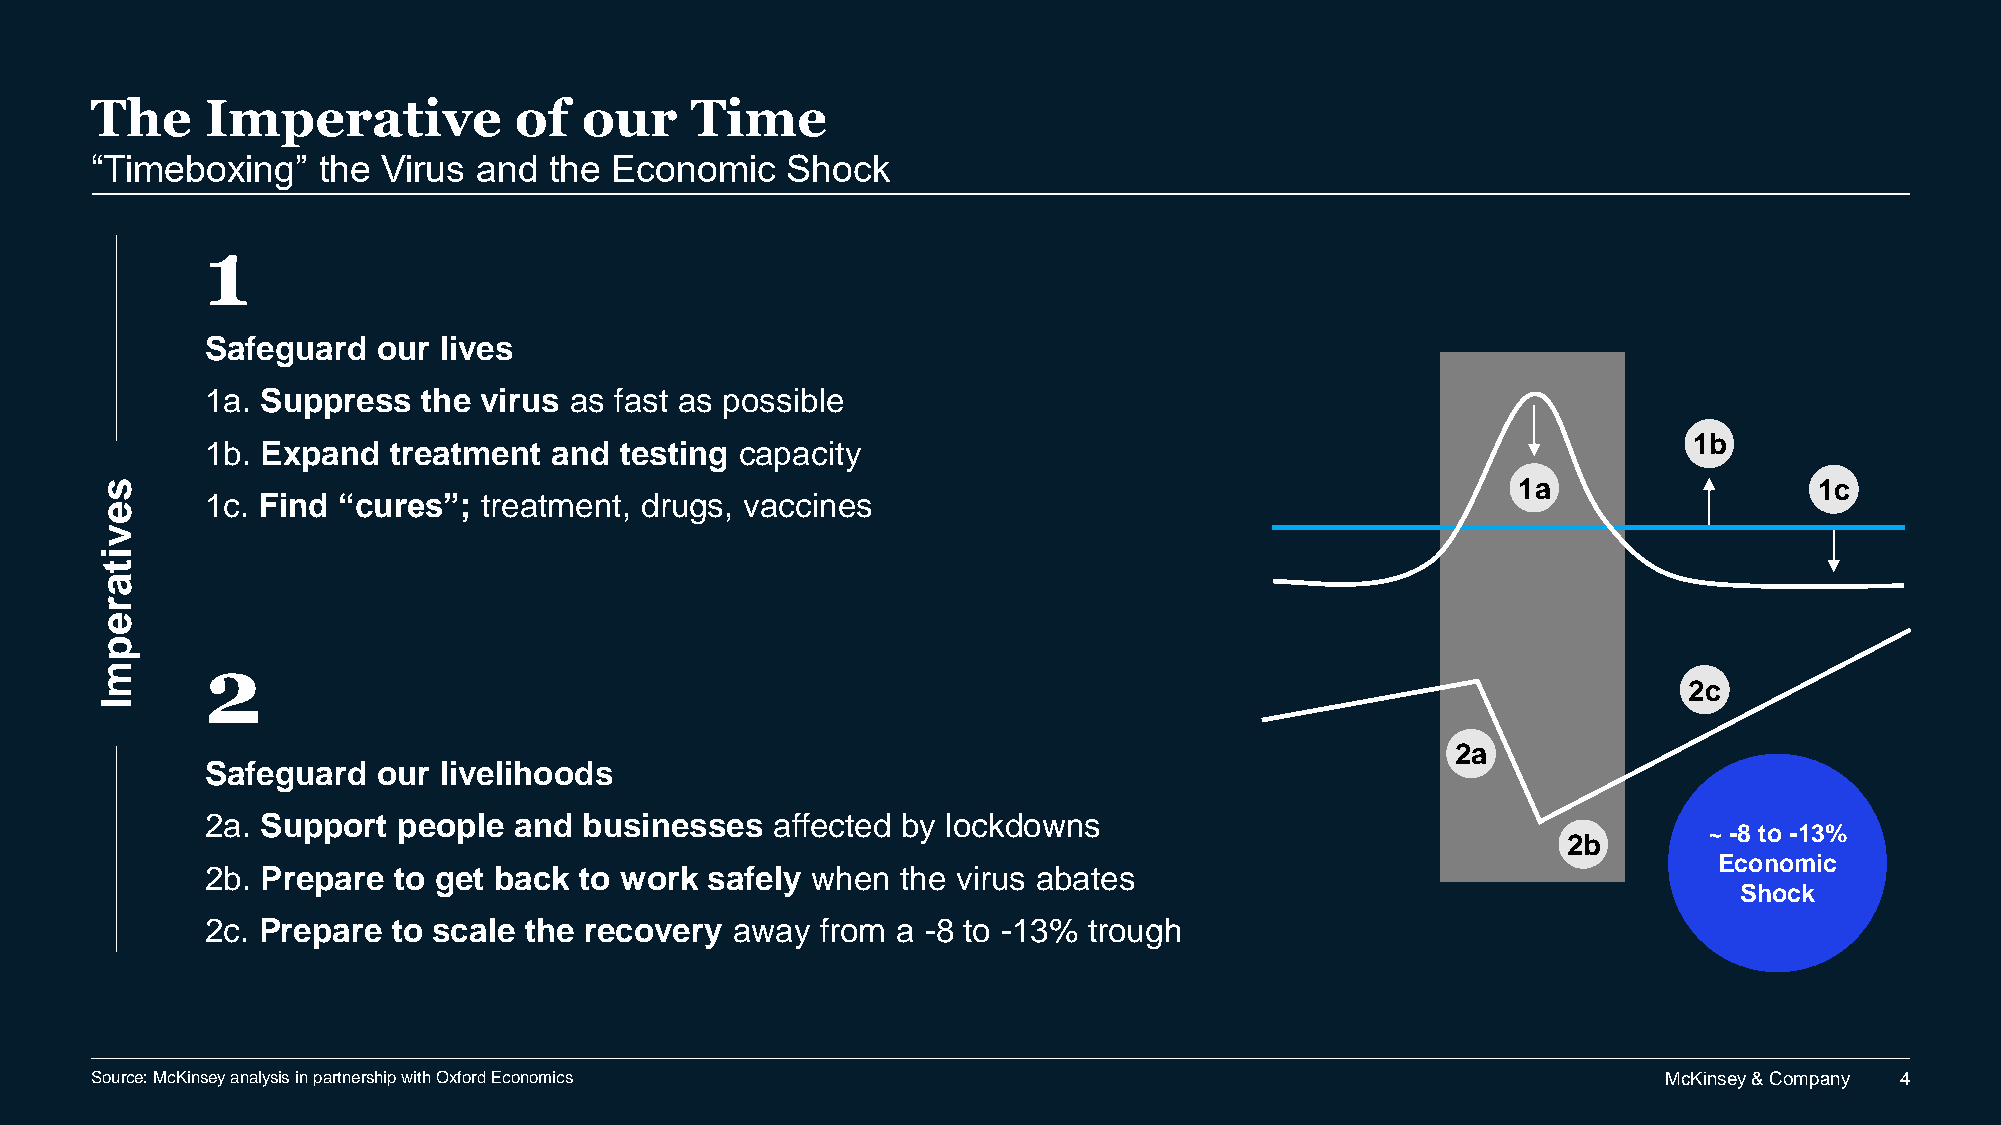
The     Imperative          of   our    Time
 “Timeboxing”   the Virus  and the Economic    Shock
 1
 Safeguard  our lives
 1a. Suppress  the virus as fast as possible
 1b
 1b. Expand  treatment and  testing capacity
 s                                                                                            1a                  1c
 1c. Find “cures”; treatment, drugs, vaccines
 e
 v
 i
 t
 a
 r
 e
 p
 2
 m
 2c
 I
 2a
 Safeguard  our livelihoods
 2a. Support people  and  businesses  affected by lockdowns
 ~ -8 to -13%
 2b
 Economic
 2b. Prepare to get back to work  safely when  the virus abates
 Shock
 2c. Prepare to scale the recovery  away from a -8 to -13% trough
 Source: McKinsey analysis in partnership with Oxford Economics                                          McKinsey & Company 4